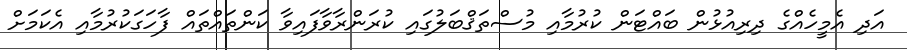
އަދި އެމީހެއްގެ ދިރިއުޅުން ބައްޓަން ކުރުމާއި މުސްތަޤްބަލުގައި ކުރަންރާވާފައިވާ ކަންތައްތައް ފާހަގަކުރުމާއި އެކަމަށް